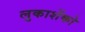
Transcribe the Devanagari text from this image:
लुकाशेंको